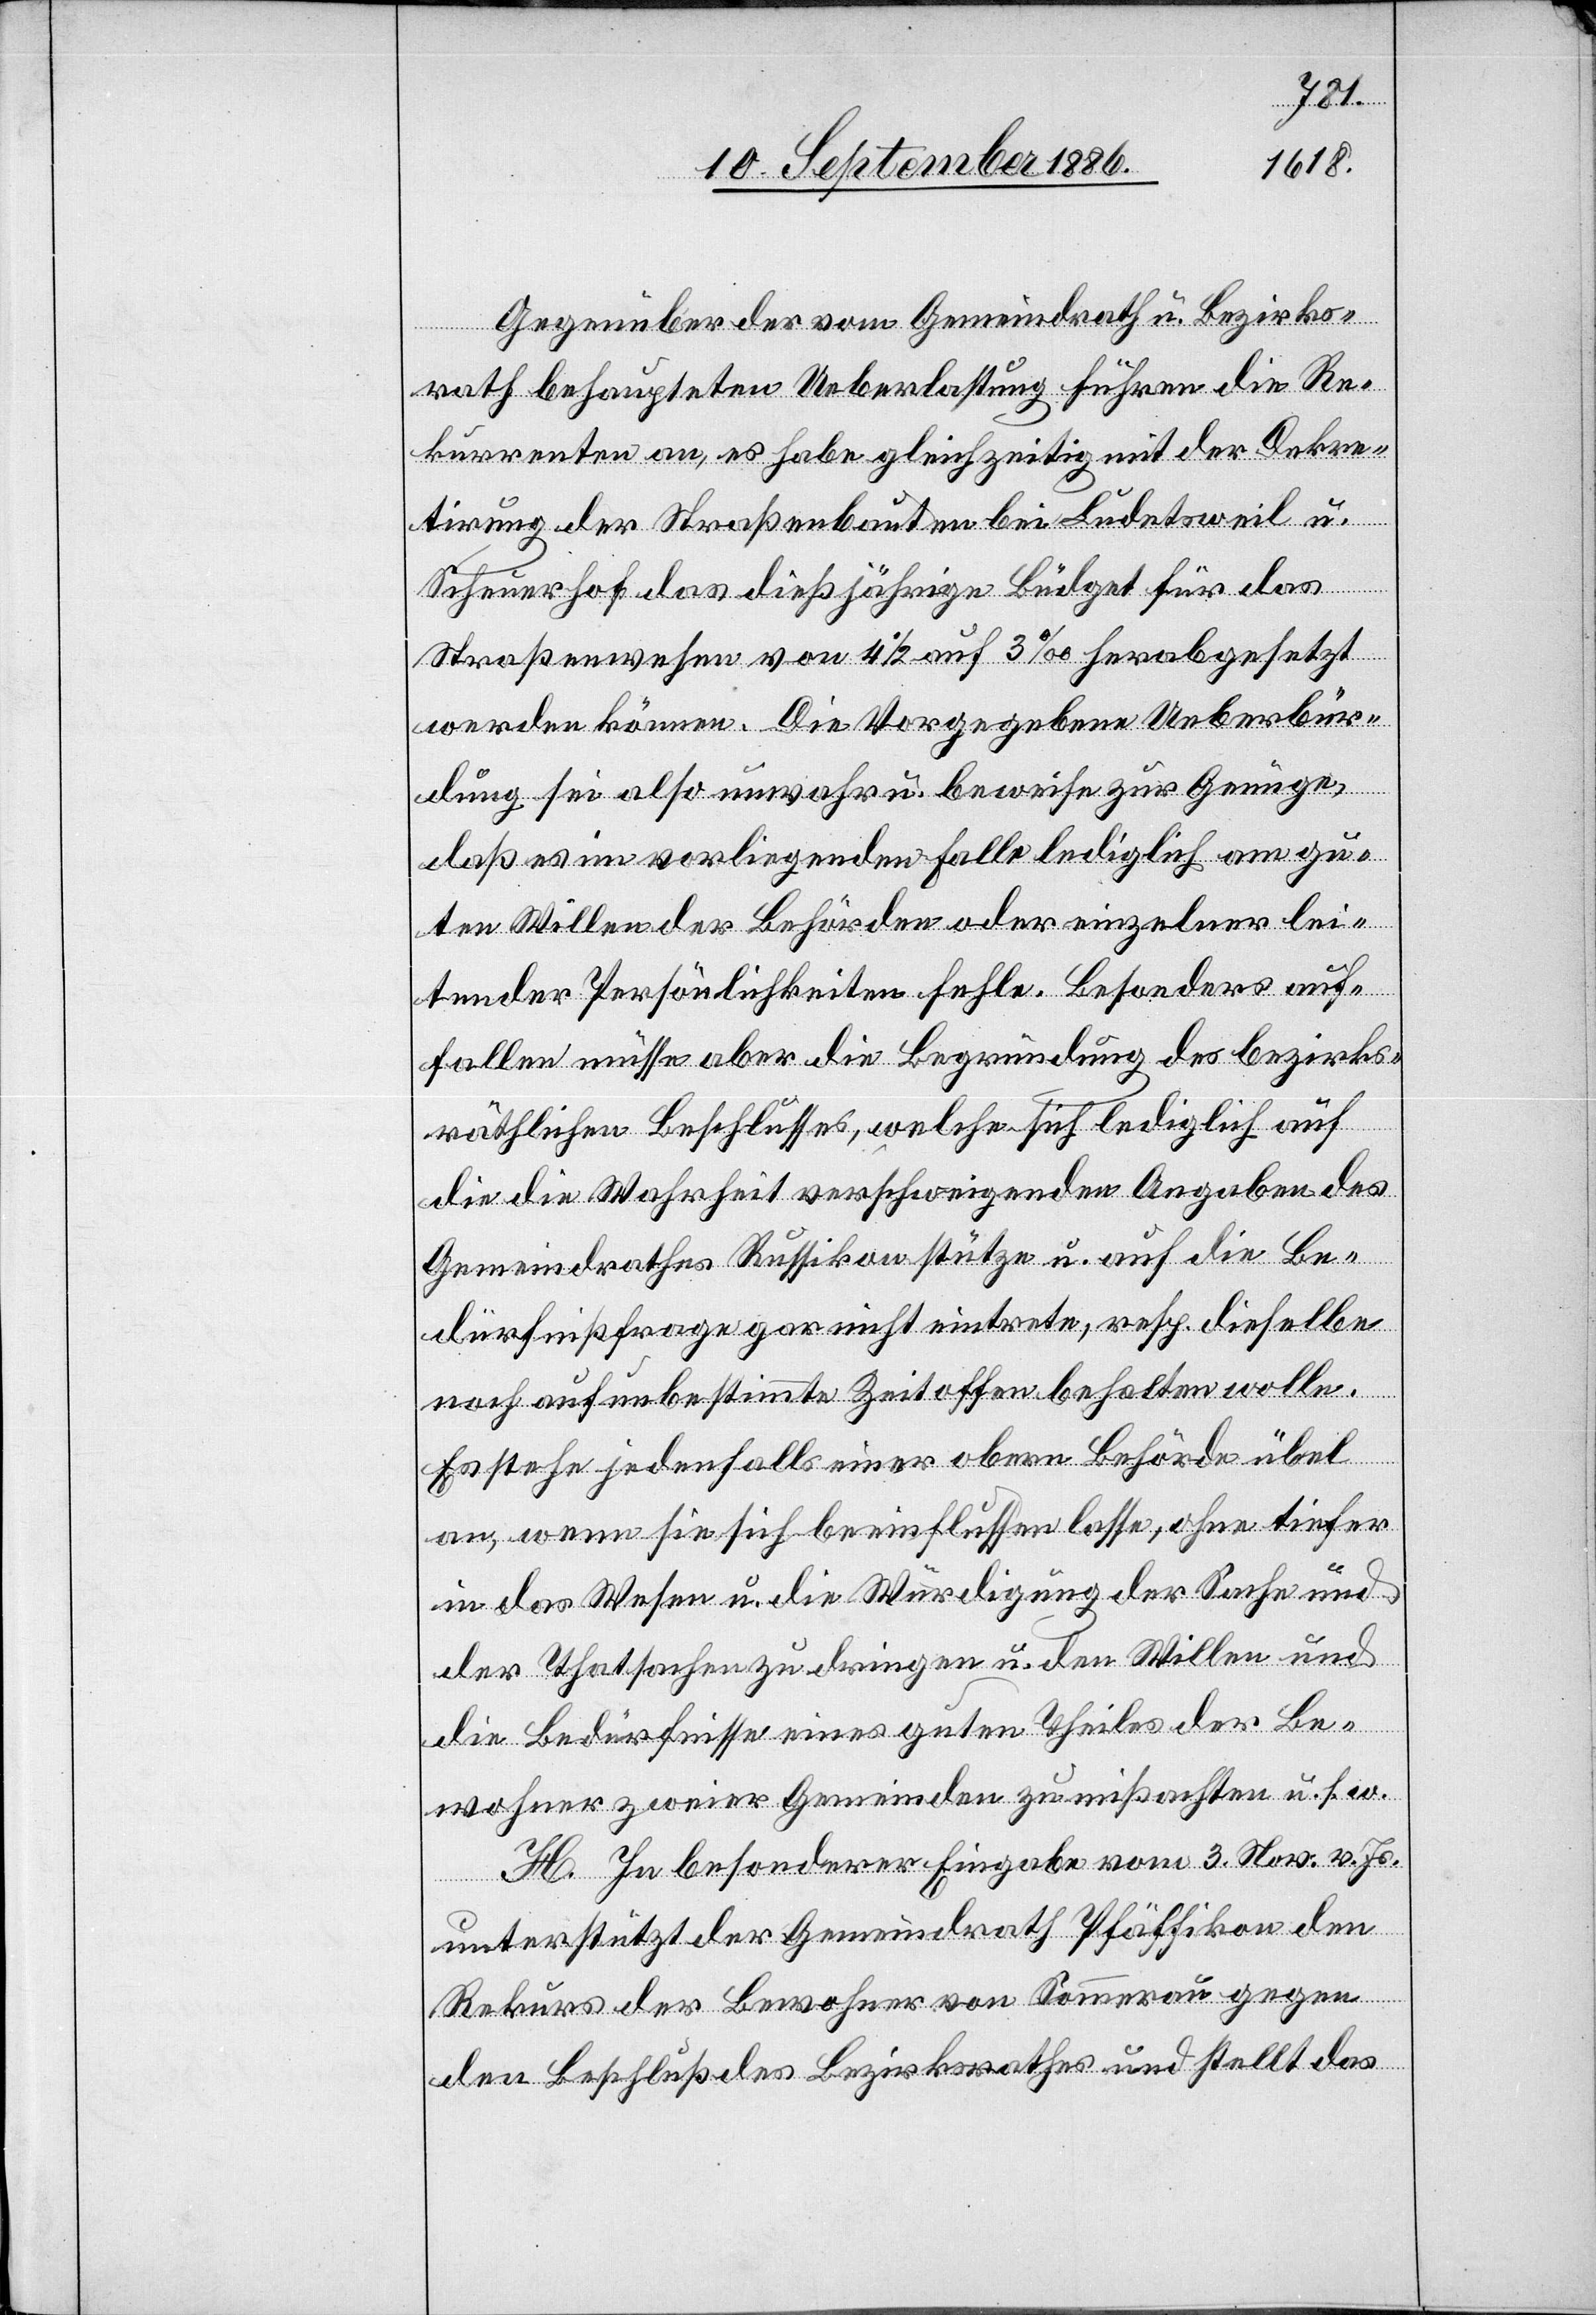
Gegenüber der vom Gemeindrath u. Bezirks¬
rath behaupteten Ueberlastung führen die Re¬
kurrenten an, es habe gleichzeitig mit der Dekre¬
tirung der Straßenbaute bei Ludetsweil u.
Scheuerhof das dießjährige Büdget für das
Straßenwesen von 4 1/2 auf 3‰ herabgesetzt
werden können. Die vorgegebene Ueberbür¬
dung sei also unwahr u. beweise zur Genüge,
daß es im vorliegenden Falle lediglich am gu¬
ten Willen der Behörden oder einzelner lei¬
tender Persönlichkeiten fehle. Besonders auf¬
fallen müsse aber die Begründung des bezirks¬
räthlichen Beschlusses, welche sich lediglich auf
die die Wahrheit verschweigenden Angaben des
Gemeindrathes Russikon stütze u. auf die Be¬
dürfnißfrage gar nicht eintrete, resp. dieselbe
noch auf unbestimmte Zeit offen behalten wolle.
Es stehe jedenfalls einer obern Behörde übel
an, wenn sie sich beeinflussen lasse, ohne tiefer
in das Wesen u. die Würdigung der Sache und
der Thatsachen zu dringen u. den Willen und
die Bedürfnisse eines guten Theiles der Be¬
wohner zweier Gemeinden zu mißachten u. s. w.
H. In besonderer Eingabe vom 3. Nov. v. Js.
unterstützt der Gemeindrath Pfäffikon den
Rekurs der Bewohner von Sommerau gegen
den Beschluß des Bezirksrathes und stellt das